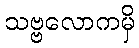
သဗ္ဗလောကမှိ